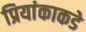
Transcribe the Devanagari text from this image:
प्रियांकाकडे